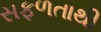
સફળતાથી